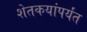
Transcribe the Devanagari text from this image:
शेतकयांपर्यंत